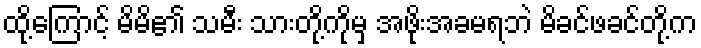
ထို့ကြောင့် မိမိ၏ သမီး သားတို့ကိုမှ အဖိုးအခမရဘဲ မိခင်ဖခင်တို့က